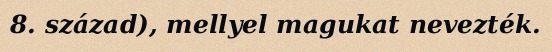
8. század), mellyel magukat nevezték.